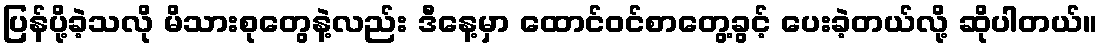
ပြန်ပို့ခဲ့သလို မိသားစုတွေနဲ့လည်း ဒီနေ့မှာ ထောင်ဝင်စာတွေ့ခွင့် ပေးခဲ့တယ်လို့ ဆိုပါတယ်။